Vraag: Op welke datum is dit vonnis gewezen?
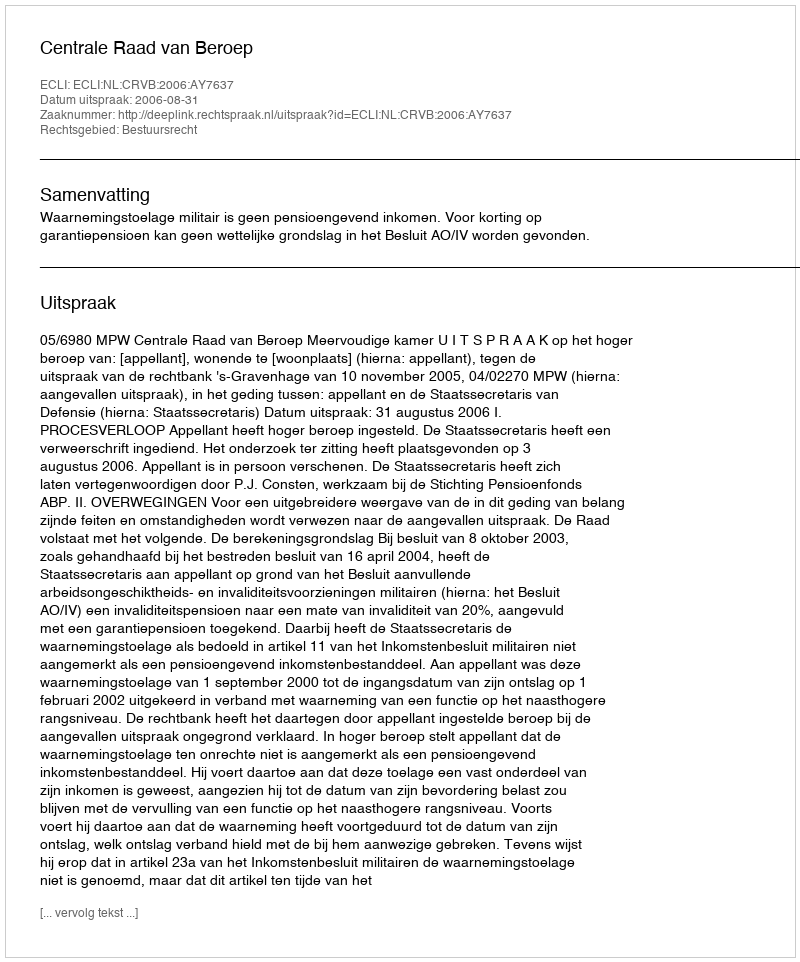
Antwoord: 2006-08-31